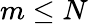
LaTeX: m\leq N